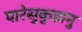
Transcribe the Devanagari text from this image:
पारेसुकुन्नानु